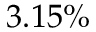
3 . 1 5 \%